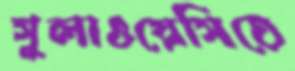
সুলাওয়েসিতে